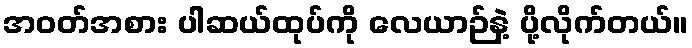
အဝတ်အစား ပါဆယ်ထုပ်ကို လေယာဉ်နဲ့ ပို့လိုက်တယ်။